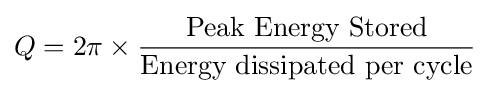
Q=2\pi \times {\frac {\mbox{Peak Energy Stored}}{\mbox{Energy dissipated per cycle}}}